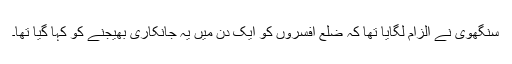
سنگھوی نے الزام لگایا تھا کہ ضلع افسروں کو ایک دن میں یہ جانکاری بھیجنے کو کہا گیا تھا۔